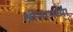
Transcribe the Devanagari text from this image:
श्रीनाथच्या